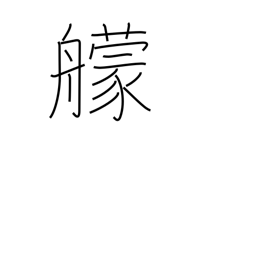
Meaning: fighting ship